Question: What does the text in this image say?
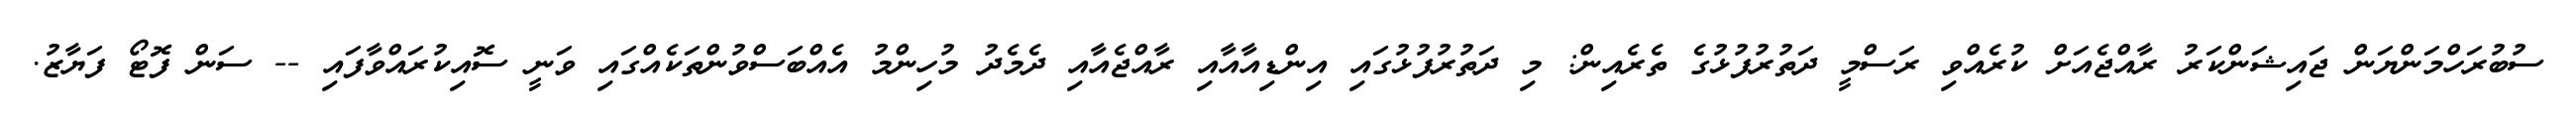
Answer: ސުބުރަހްމަންޔަން ޖައިޝަންކަރު ރާއްޖެއަށް ކުރެއްވި ރަސްމީ ދަތުރުފުޅުގެ ތެރެއިން: މި ދަތުރުފުޅުގައި އިންޑިއާއާއި ރާއްޖެއާއި ދެމެދު މުހިންމު އެއްބަސްވުންތަކެއްގައި ވަނީ ސޮއިކުރައްވާފައި -- ސަން ފޮޓޯ ފަޔާޒު.